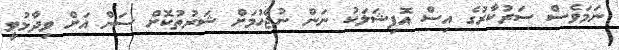
ނަމަވެސް ސަރުކާރުގެ އިސް އޮފިޝަލަކު ނަން ނުޖެހުމަށް ޝަރުތުކޮށް ސަން އަށް ވިދާޅުވީ